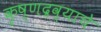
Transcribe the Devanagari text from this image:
कृष्णद्रव्याचे